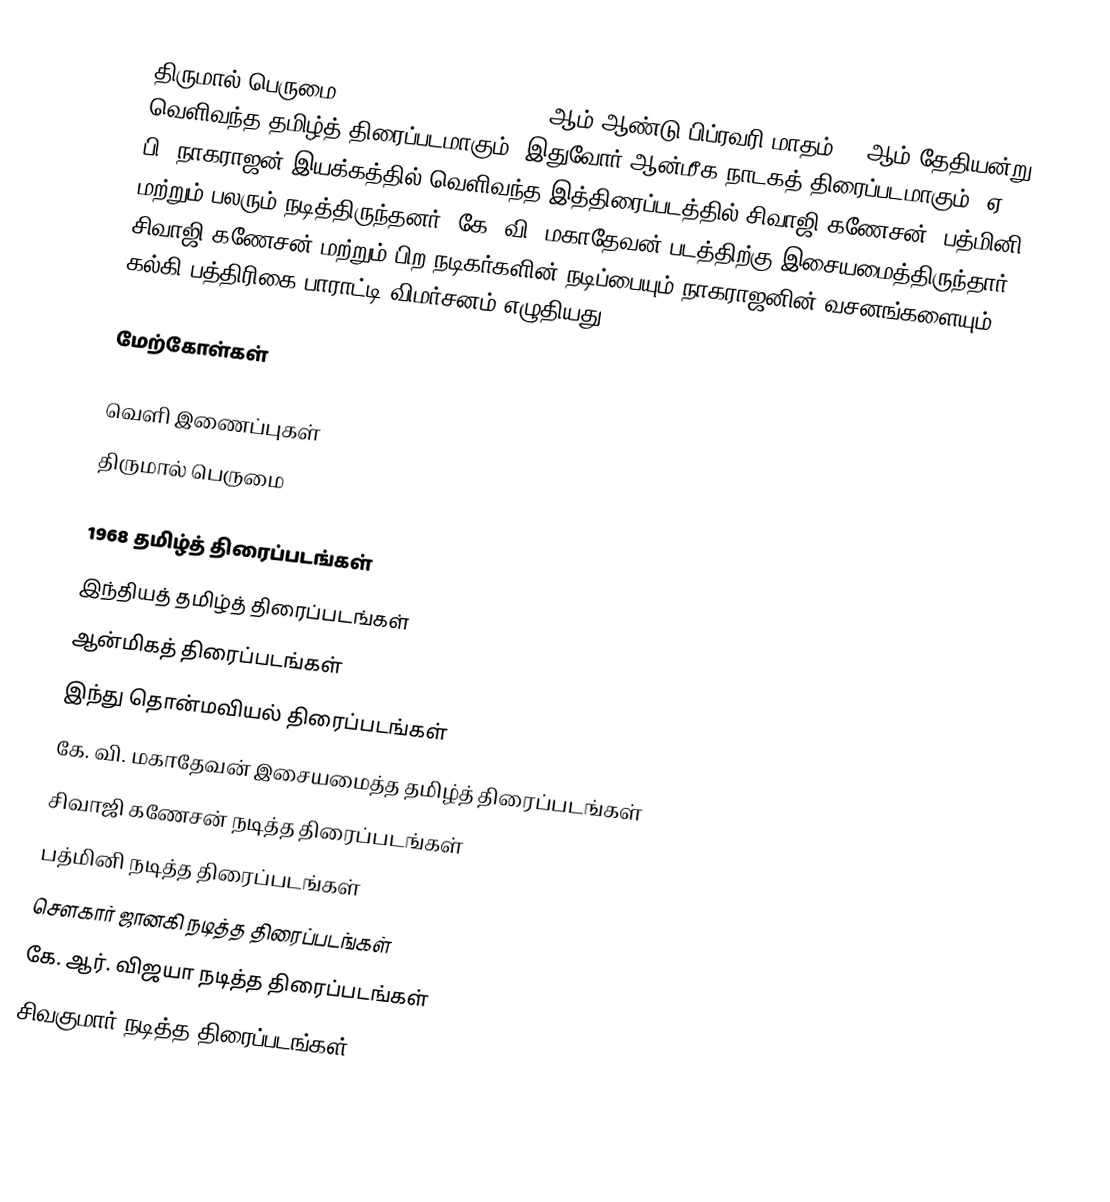
திருமால் பெருமை (Thirumal Perumai) 1968 ஆம் ஆண்டு பிப்ரவரி மாதம் 16 ஆம் தேதியன்று வெளிவந்த தமிழ்த் திரைப்படமாகும். இதுவோர் ஆன்மீக நாடகத் திரைப்படமாகும்.  ஏ. பி. நாகராஜன் இயக்கத்தில் வெளிவந்த இத்திரைப்படத்தில் சிவாஜி கணேசன், பத்மினி மற்றும் பலரும் நடித்திருந்தனர். கே. வி. மகாதேவன் படத்திற்கு இசையமைத்திருந்தார். சிவாஜி கணேசன் மற்றும் பிற நடிகர்களின் நடிப்பையும் நாகராஜனின் வசனங்களையும் கல்கி பத்திரிகை பாராட்டி விமர்சனம் எழுதியது.

மேற்கோள்கள்

வெளி இணைப்புகள்
 திருமால் பெருமை

1968 தமிழ்த் திரைப்படங்கள்
இந்தியத் தமிழ்த் திரைப்படங்கள்
ஆன்மிகத் திரைப்படங்கள்
இந்து தொன்மவியல் திரைப்படங்கள்
கே. வி. மகாதேவன் இசையமைத்த தமிழ்த் திரைப்படங்கள்
சிவாஜி கணேசன் நடித்த திரைப்படங்கள்
பத்மினி நடித்த திரைப்படங்கள்
சௌகார் ஜானகி நடித்த திரைப்படங்கள்
கே. ஆர். விஜயா நடித்த திரைப்படங்கள்
சிவகுமார் நடித்த திரைப்படங்கள்